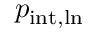
p _ { \mathrm { i n t , l n } }